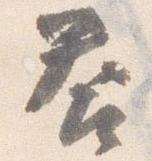
答